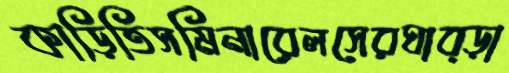
কাড়িতিসমিনারেলসেরঘাব্‌ড়া